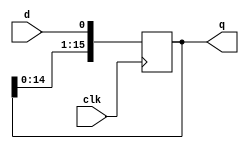
module z_sreg_1ton (d, clk, q);
/*   parameter inwidth = 1;*/
   parameter outwidth = 16;

   input clk;
/*   input [inwidth - 1:0] d;*/
   input d;
   output [outwidth-1:0] q;
   reg [outwidth-1:0] 	 q;

   integer index;
   
   always @ (posedge clk)
     begin
	q[0] <= d;
	for (index=1; index<outwidth; index=index+1)
	  begin
	     q[index] <= q[index-1];
	  end
     end
endmodule // z_sreg_1ton

module z_regfile2 (d, clk, q);
   input [4:0] d;
   input       clk;
   output [4:0] q;
   reg [4:0] 	q;

	always @ (posedge clk)
	begin
	   q = d;
	end
endmodule // z_regfile2

module mux32_16bit (clk, sel, a, y);
   input clk ;
   input [4:0] sel;
   input [31:0] a;
   output [15:0] y;
   reg [15:0] 	 y;
	
   wire [15:0] 	    reg_a0,reg_a1,reg_a2,reg_a3,reg_a4,reg_a5,reg_a6,reg_a7,reg_a8,reg_a9,reg_a10,reg_a11,reg_a12,reg_a13,reg_a14,reg_a15,reg_a16,reg_a17,reg_a18,reg_a19,reg_a20,reg_a21,reg_a22,reg_a23,reg_a24,reg_a25,reg_a26,reg_a27,reg_a28,reg_a29,reg_a30,reg_a31;
   wire [4:0] 	    reg_sel; 	    
   
   z_sreg_1ton u0 (.d(a[0]), .clk(clk), .q(reg_a0));
   z_sreg_1ton u1 (.d(a[1]), .clk(clk), .q(reg_a1));
   z_sreg_1ton u2 (.d(a[2]), .clk(clk), .q(reg_a2));
   z_sreg_1ton u3 (.d(a[3]), .clk(clk), .q(reg_a3));
   z_sreg_1ton u4 (.d(a[4]), .clk(clk), .q(reg_a4));
   z_sreg_1ton u5 (.d(a[5]), .clk(clk), .q(reg_a5));
   z_sreg_1ton u6 (.d(a[6]), .clk(clk), .q(reg_a6));
   z_sreg_1ton u7 (.d(a[7]), .clk(clk), .q(reg_a7));
   z_sreg_1ton u8 (.d(a[8]), .clk(clk), .q(reg_a8));
   z_sreg_1ton u9 (.d(a[9]), .clk(clk), .q(reg_a9));
   z_sreg_1ton u10 (.d(a[10]), .clk(clk), .q(reg_a10));
   z_sreg_1ton u11 (.d(a[11]), .clk(clk), .q(reg_a11));
   z_sreg_1ton u12 (.d(a[12]), .clk(clk), .q(reg_a12));
   z_sreg_1ton u13 (.d(a[13]), .clk(clk), .q(reg_a13));
   z_sreg_1ton u14 (.d(a[14]), .clk(clk), .q(reg_a14));
   z_sreg_1ton u15 (.d(a[15]), .clk(clk), .q(reg_a15));
   z_sreg_1ton u16 (.d(a[16]), .clk(clk), .q(reg_a16));
   z_sreg_1ton u17 (.d(a[17]), .clk(clk), .q(reg_a17));
   z_sreg_1ton u18 (.d(a[18]), .clk(clk), .q(reg_a18));
   z_sreg_1ton u19 (.d(a[19]), .clk(clk), .q(reg_a19));
   z_sreg_1ton u20 (.d(a[20]), .clk(clk), .q(reg_a20));
   z_sreg_1ton u21 (.d(a[21]), .clk(clk), .q(reg_a21));
   z_sreg_1ton u22 (.d(a[22]), .clk(clk), .q(reg_a22));
   z_sreg_1ton u23 (.d(a[23]), .clk(clk), .q(reg_a23));
   z_sreg_1ton u24 (.d(a[24]), .clk(clk), .q(reg_a24));
   z_sreg_1ton u25 (.d(a[25]), .clk(clk), .q(reg_a25));
   z_sreg_1ton u26 (.d(a[26]), .clk(clk), .q(reg_a26));
   z_sreg_1ton u27 (.d(a[27]), .clk(clk), .q(reg_a27));
   z_sreg_1ton u28 (.d(a[28]), .clk(clk), .q(reg_a28));
   z_sreg_1ton u29 (.d(a[29]), .clk(clk), .q(reg_a29));
   z_sreg_1ton u30 (.d(a[30]), .clk(clk), .q(reg_a30));
   z_sreg_1ton u31 (.d(a[31]), .clk(clk), .q(reg_a31));

   z_regfile2 u32 (.d(sel), .clk(clk), .q(reg_sel));

   always @(posedge clk)
     begin
	case(reg_sel)
	  0: y <= reg_a0;
	  1: y <= reg_a1;
	  2: y <= reg_a2;
	  3: y <= reg_a3;
	  4: y <= reg_a4;
	  5: y <= reg_a5;
	  6: y <= reg_a6;
	  7: y <= reg_a7;
	  8: y <= reg_a8;
	  9: y <= reg_a9;
	  10: y <= reg_a10;
	  11: y <= reg_a11;
	  12: y <= reg_a12;
	  13: y <= reg_a13;
	  14: y <= reg_a14;
	  15: y <= reg_a15;
	  16: y <= reg_a16;
	  17: y <= reg_a17;
	  18: y <= reg_a18;
	  19: y <= reg_a19;
	  20: y <= reg_a20;
	  21: y <= reg_a21;
	  22: y <= reg_a22;
	  23: y <= reg_a23;
	  24: y <= reg_a24;
	  25: y <= reg_a25;
	  26: y <= reg_a26;
	  27: y <= reg_a27;
	  28: y <= reg_a28;
	  29: y <= reg_a29;
	  30: y <= reg_a30;
	  31: y <= reg_a31;
	  default: y <= reg_a0;
	endcase
     end
endmodule